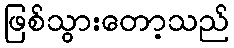
ဖြစ်သွားတော့သည်